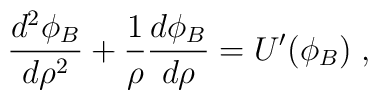
\frac{d^2\phi_B}{d\rho^2}+ \frac{1}{\rho} \frac{d\phi_B}{d\rho}=U'(\phi_B)\; ,